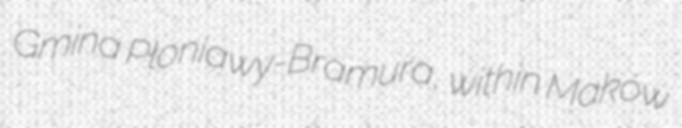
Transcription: Gmina Płoniawy-Bramura, within Maków